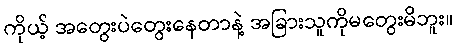
ကိုယ့် အတွေးပဲတွေးနေတာနဲ့ အခြားသူကိုမတွေးမိဘူး။